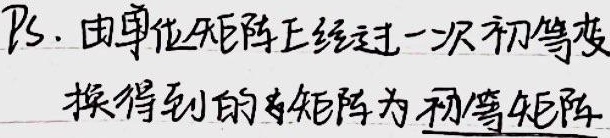
PS. 由单位矩阵\(E\)经过一次初等变换得到的方阵为初等矩阵。